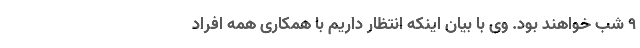
۹ شب خواهند بود. وی با بیان اینکه انتظار داریم با همکاری همه افراد